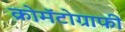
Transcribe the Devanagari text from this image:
क्रोमॅटोग्राफी